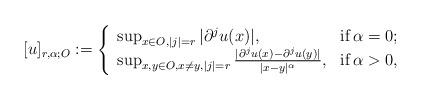
LaTeX: \begin{align*}[u]_{r, \alpha; O}:=\left\{\begin{array}{ll}\sup_{x\in O,|j|=r}|\partial^{j}u(x)|,&\hbox{if}\, \alpha=0;\\\sup_{x, y\in O, x\not=y,|j|=r}\frac{|\partial^{j}u(x)-\partial^{j}u(y)|}{|x-y|^{\alpha}},&\hbox{if}\, \alpha>0,\end{array}\right.\end{align*}